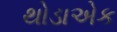
થોડાએક